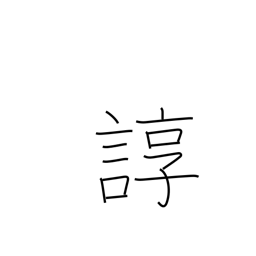
Meaning: tedious